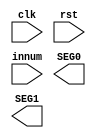
module display(clk,rst,innum,SEG0,SEG1);

input clk;
input rst;
input [5:0] innum;

output [6:0] SEG0;
output [6:0] SEG1;

reg [6:0] SEG0;
reg [6:0] SEG1;


endmodule